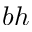
b h